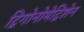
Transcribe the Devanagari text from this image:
ट्रिगोनोमेट्रिशेन